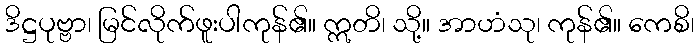
ဒိဋ္ဌပုဗ္ဗာ၊ မြင်လိုက်ဖူးပါကုန်၏။ ဣတိ၊ သို့။ အာဟံသု၊ ကုန်၏။ ကေစိ၊